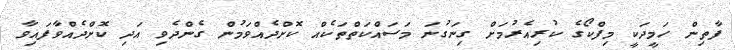
ފާތިން ހަމީދަކީ މިފްކޯގެ ކުރިއެރުމަށް ގިނަގުނަ މަސައްކަތްތަކެއް ކޮށްދެއްވަމުން ގެންދެވި އަދި ކޮށްދެއްވާފައިވާ